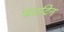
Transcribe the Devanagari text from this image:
फरदिन